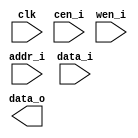
module cabac_ram_sp_64x16 (
    clk      ,
    cen_i    ,
    wen_i    , // low active 
    addr_i   , // low active 
    data_i   ,
    data_o
    );

//--- input/output declaration --------------------------
    input                   clk       ;
    input                   cen_i     ;
    input                   wen_i     ;
    input   [6      -1 :0]  addr_i    ;
    input   [16     -1 :0]  data_i    ;
    output  [16     -1 :0]  data_o    ;


`ifdef RTL_MODEL
  ram_1p #(
      .Word_Width(  16   ),
      .Addr_Width(  6    )
      ) u_ram_1p(
        .clk    ( clk        ),
        .cen_i  ( cen_i      ),
        .oen_i  ( 1'b0       ),
        .wen_i  ( wen_i      ),
        .addr_i ( addr_i     ),
        .data_i ( data_i     ),      
        .data_o ( data_o     )           
  );

`endif

`ifdef XM_MODEL 
    rfsphd_64x16 u_rfsphd_64x16(
        .Q          (data_o     ), // data_o
        .CLK        (clk        ), 
        .CEN        (cen_i      ), 
        .WEN        (wen_i      ), 
        .A          (addr_i     ), // addr
        .D          (data_i     ), // data_i
        .EMA        ( 3'b1 ), 
        .EMAW       ( 2'b0 ),
        .RET1N      ( 1'b1 )
        );   
`endif 
endmodule